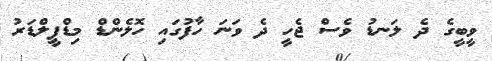
ވީބީގެ ދެ ލަނޑު ވެސް ޖެހީ ދެ ވަނަ ހާފުގައި ހޮލެންޑް މިޑްފީލްޑަރު